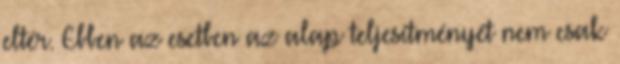
eltér. Ebben az esetben az alap teljesítményét nem csak